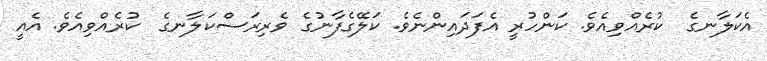
އެކަލާނގެ  ކުރެއްވިއެވެ. ކަންހުރީ އެފަދައިންނެވެ. ކަލޭގެފާނުގެ ވެރިރަސްކަލާނގެ  ކުރެއްވިއެވެ. އެއީ